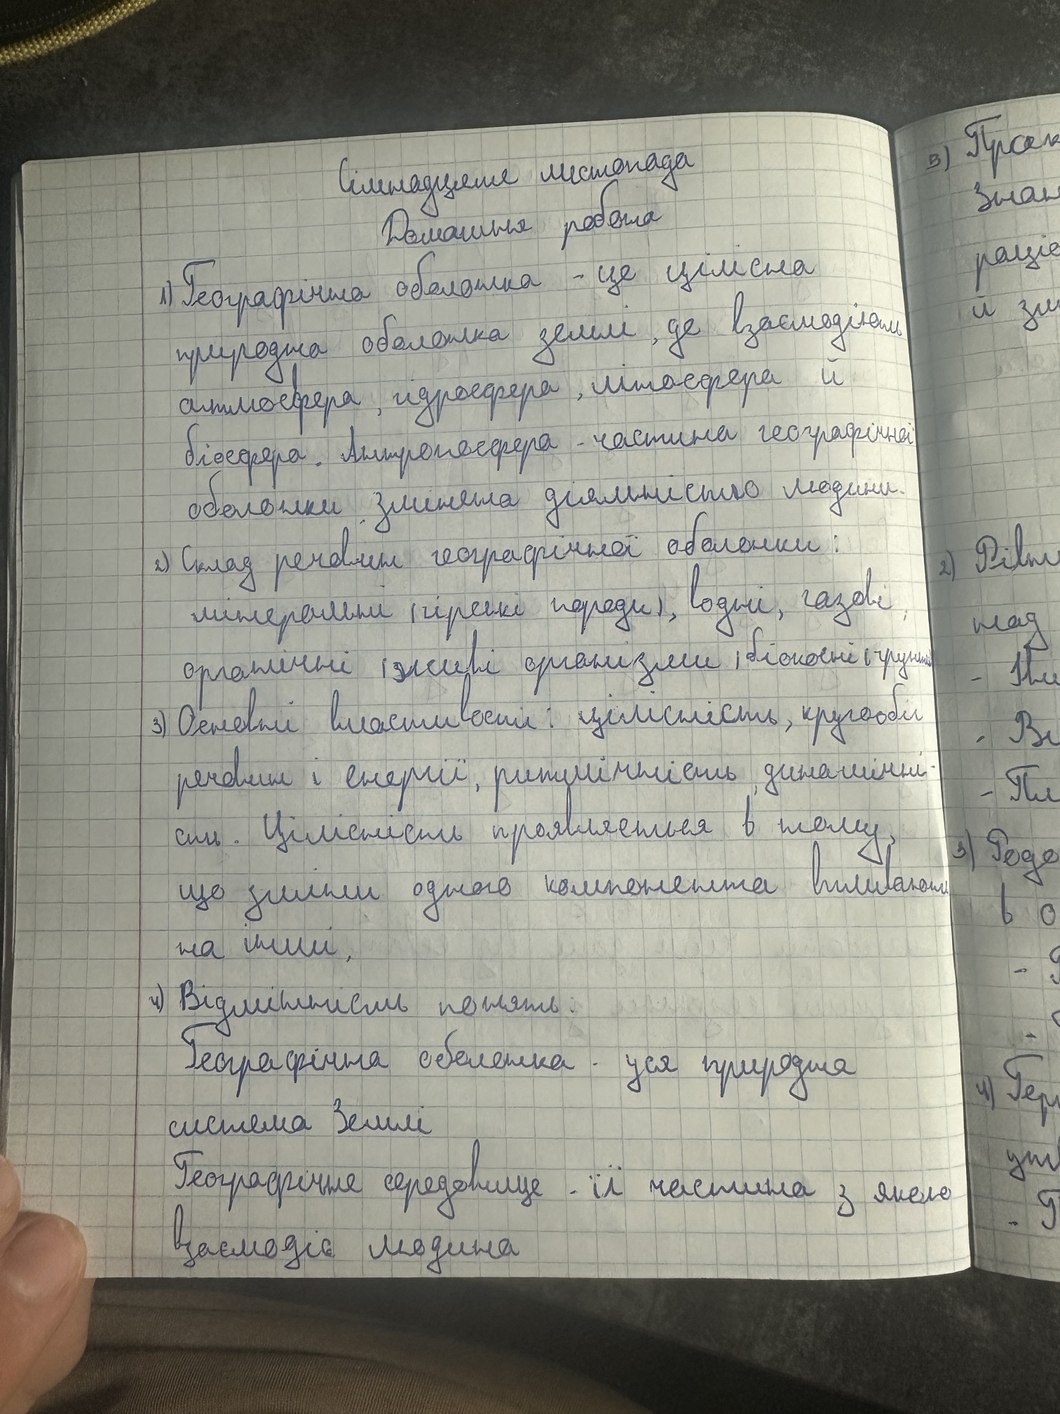
5) Прак
Сімнадцяте листопада
Знан
Домашня робота
раціо
1) Географічна оболонка - це цілісна
й зм
природна оболонка землі, де взаємодіють
атмосфера,гідросфера,літосфера й
біосфера. Антропосфера-частина географічної
оболонки,змінена діяльністю людини
2) Склад речовин географічної оболонки:
2) Рівн
мінеральні (гірські породи), водні, газові,
над
органічні (живі організми) біокосні (грунт)
- Ни
3) Основні властивості: цілісність, кругообіг
-Ві
речовини і енергії, ритмічність, динамічні-
-Пл
сть. Цілісність проявляється в тому,
3) Реде
що зміни одного компонента впливають
в о
на інші.
4) Відмінність понять:
Географічна оболонка - уся природна
4) Гер
система Землі
Географічне середовище-її частина з якою
ут
- Г
взаємодіє людина